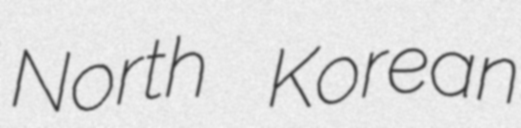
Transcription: North Korean